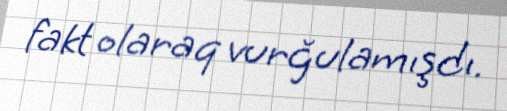
fakt olaraq vurğulamışdı.